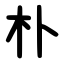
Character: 朴